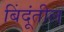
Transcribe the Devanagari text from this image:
बिंदूंतील